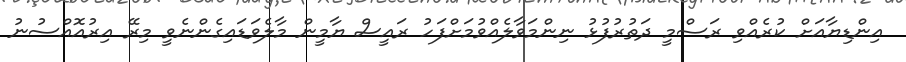
އިންޑިޔާއަށް ކުރެއްވި ރަސްމީ ދަތުރުފުޅު ނިންމަވާލެއްވުމަށްފަހު ރައީސް ޔާމީން މާލެވަޑައިގެންނެވީ މިރޭ އިރުއޮއްސުނު